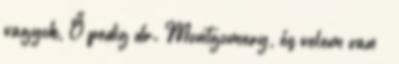
vagyok, Ő pedig dr. Montgomery, és velem van –